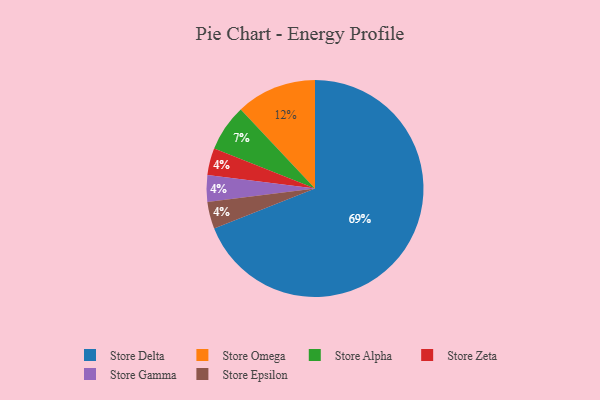
{"axis": {"x": "Category", "y": "Percentage"}, "legend": ["Store Alpha", "Store Delta", "Store Epsilon", "Store Gamma", "Store Omega", "Store Zeta"], "data": [{"x": "Store Zeta", "y": 4, "type": "Store Zeta"}, {"x": "Store Gamma", "y": 4, "type": "Store Gamma"}, {"x": "Store Alpha", "y": 7, "type": "Store Alpha"}, {"x": "Store Epsilon", "y": 4, "type": "Store Epsilon"}, {"x": "Store Delta", "y": 69, "type": "Store Delta"}, {"x": "Store Omega", "y": 12, "type": "Store Omega"}]}